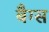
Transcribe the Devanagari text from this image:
बैग्‍स